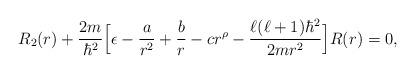
LaTeX: \begin{align*}R_{2}(r)+\frac{2m}{\hbar^{2}}\Big[\epsilon-\frac{a}{r^{2}}+\frac{b}{r}-cr^{\rho}-\frac{\ell(\ell+1)\hbar^{2}}{2mr^{2}}\Big]R(r)=0,\end{align*}